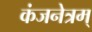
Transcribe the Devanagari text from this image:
कंजनेत्रम्‌